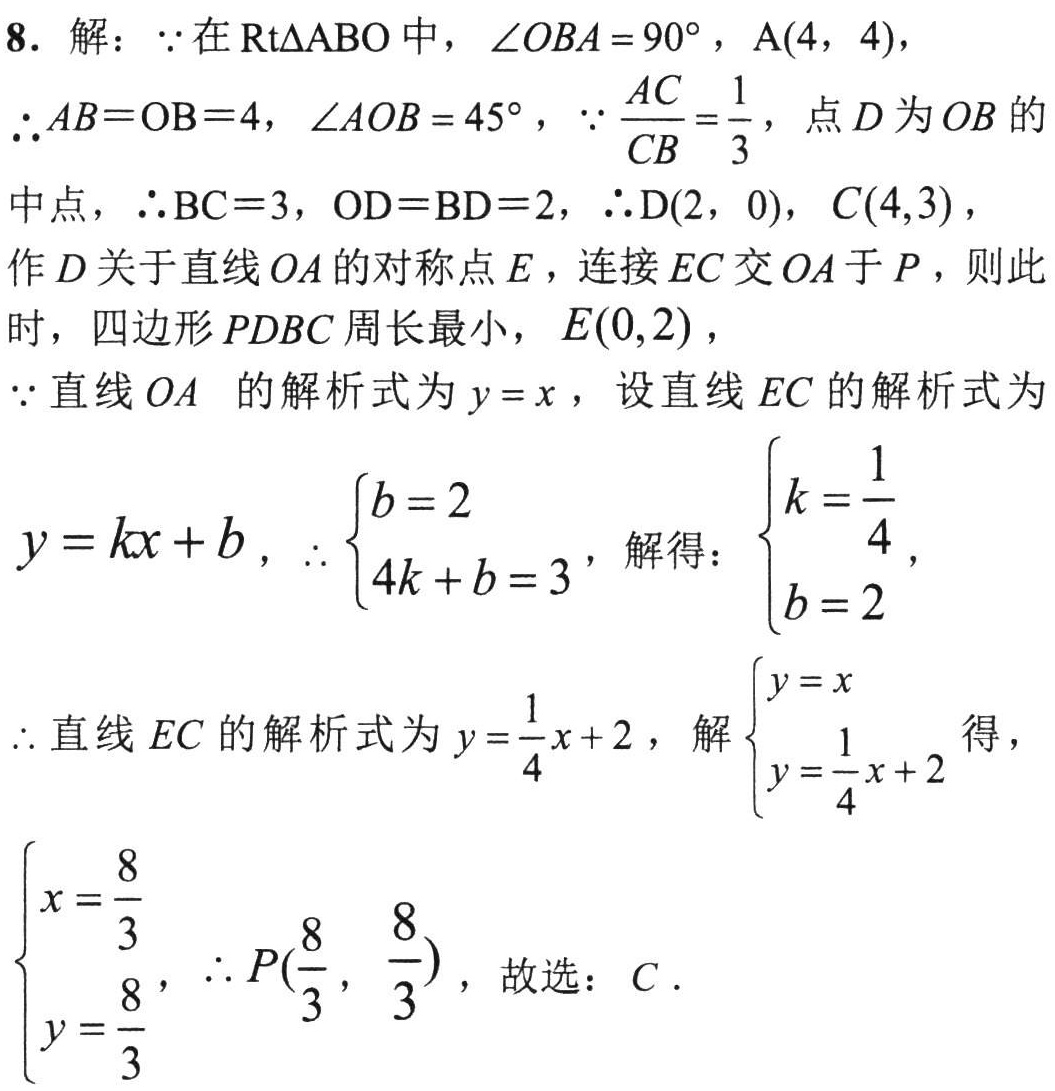
8. 解：$\because$在$\mathrm{Rt}\triangle ABO$中，$\angle OBA = 90^{\circ}$，$A(4,4)$，

$\therefore AB = OB = 4$，$\angle AOB = 45^{\circ}$，$\because \frac{AC}{CB}=\frac{1}{3}$，点$D$为$OB$的

中点，$\therefore BC = 3$，$OD = BD = 2$，$\therefore D(2,0)$，$C(4,3)$，

作$D$关于直线$OA$的对称点$E$，连接$EC$交$OA$于$P$，则此

时，四边形$PDBC$周长最小，$E(0,2)$，

$\because$直线$OA$的解析式为$y = x$，设直线$EC$的解析式为

$y = kx + b$，$\therefore \begin{cases}b = 2\\4k + b = 3\end{cases}$，解得：$\begin{cases}k=\frac{1}{4}\\b = 2\end{cases}$，

$\therefore$直线$EC$的解析式为$y=\frac{1}{4}x + 2$，解$\begin{cases}y = x\\y=\frac{1}{4}x + 2\end{cases}$得，

$\begin{cases}x=\frac{8}{3}\\y=\frac{8}{3}\end{cases}$，$\therefore P(\frac{8}{3},\frac{8}{3})$，故选：$C$.